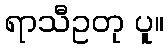
ရာသီဥတု ပူ။